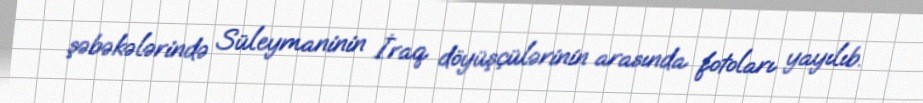
şəbəkələrində Süleymaninin İraq döyüşçülərinin arasında fotoları yayılıb.